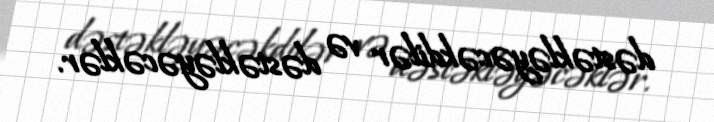
dəstəkləyəcəkdilər və dəstəkləyəcəklər.